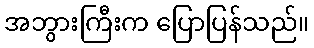
အဘွားကြီးက ပြောပြန်သည်။